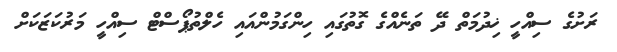
ރަށުގެ ސިއްހީ ޚިދުމަތް ދޭ ތަނެއްގެ ގޮތުގައި ހިންގަމުންއައި ހެލްތުޕޯސްޓް ސިއްހީ މަރުކަޒަކަށް